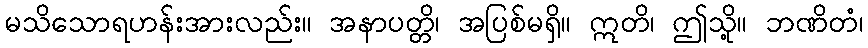
မသိသောရဟန်းအားလည်း။ အနာပတ္တိ၊ အပြစ်မရှိ။ ဣတိ၊ ဤသို့။ ဘဏိတံ၊